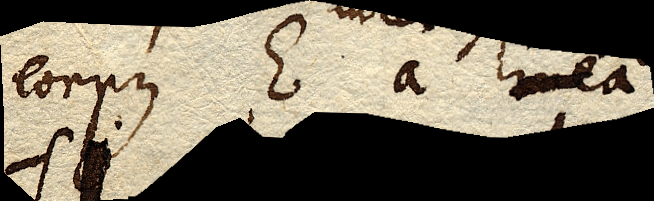
corpus E a linea